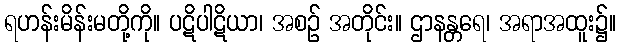
ရဟန်းမိန်းမတို့ကို။ ပဋိပါဋိယာ၊ အစဉ် အတိုင်း။ ဌာနန္တရေ၊ အရာအထူး၌။